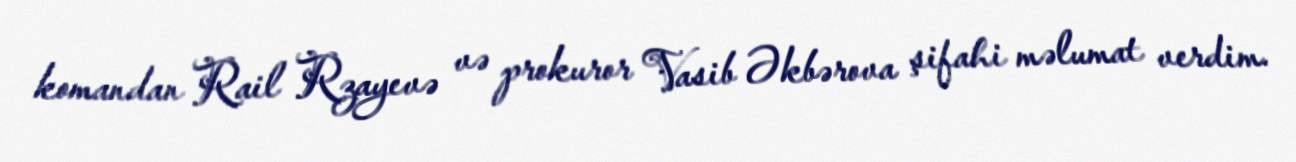
komandan Rail Rzayevə və prokuror Vasib Əkbərova şifahi məlumat verdim.